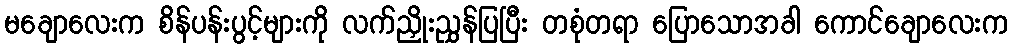
မချောလေးက စိန်ပန်းပွင့်များကို လက်ညှိုးညွှန်ပြပြီး တစုံတရာ ပြောသောအခါ ကောင်ချောလေးက